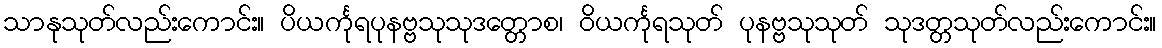
သာနုသုတ်လည်းကောင်း။ ပိယင်္ကုရပုနဗ္ဗသုသုဒတ္တောစ၊ ဝိယင်္ကုရသုတ် ပုနဗ္ဗသုသုတ် သုဒတ္တသုတ်လည်းကောင်း။